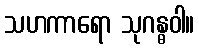
သဟကာရော သုဂန္ဓဝါ။